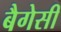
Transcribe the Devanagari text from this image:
बैगेसी